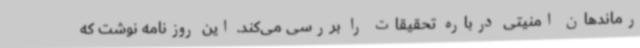
رماندهان امنیتی درباره تحقیقات را بررسی می‌کند. این روزنامه نوشت که